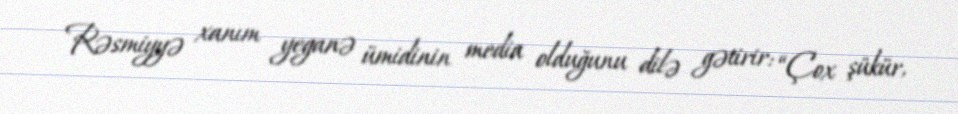
Rəsmiyyə xanım yeganə ümidinin media olduğunu dilə gətirir: “Çox şükür,